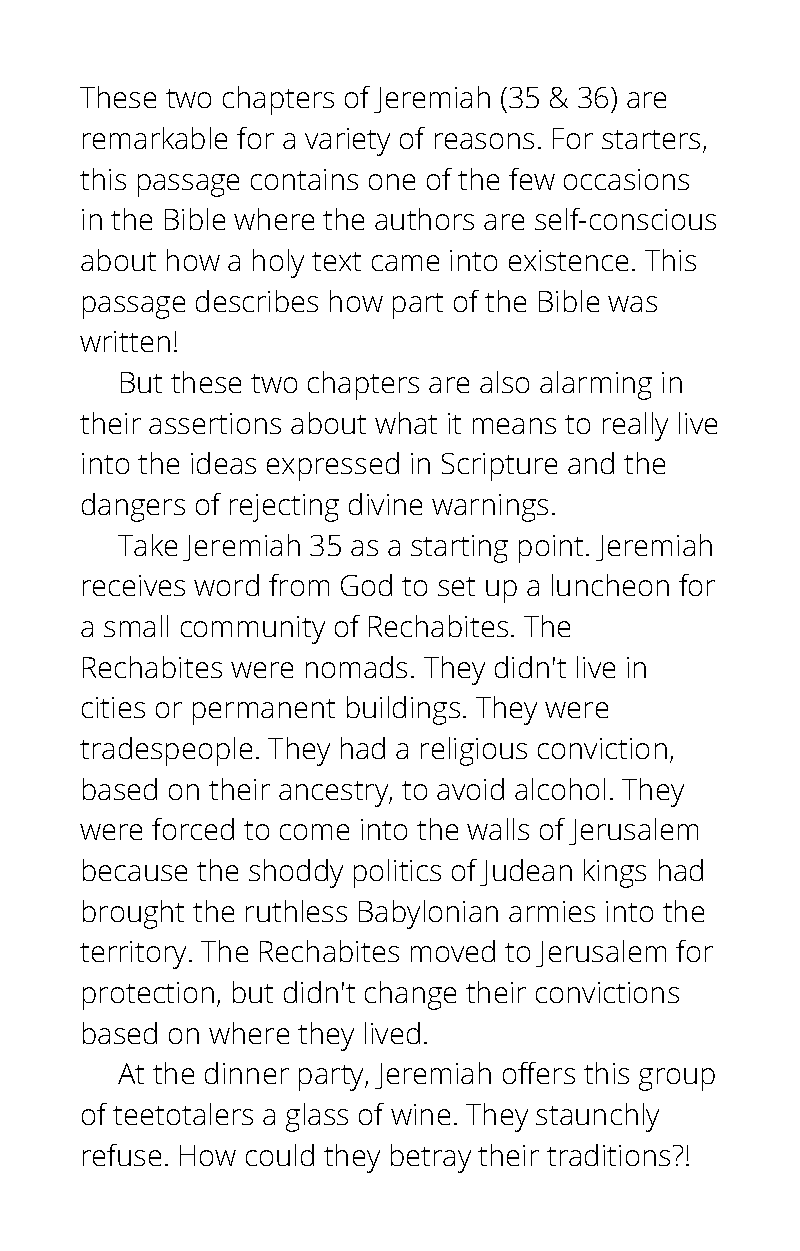
These two chapters of Jeremiah (35 & 36) are
 remarkable for a variety of reasons. For starters,
 this passage contains one of the few occasions
 in the Bible where the authors are self-conscious
 about how a holy text came into existence. This
 passage describes how part of the Bible was
 written!
 But these two chapters are also alarming in
 their assertions about what it means to really live
 into the ideas expressed in Scripture and the
 dangers of rejecting divine warnings.
 Take Jeremiah 35 as a starting point. Jeremiah
 receives word from God to set up a luncheon for
 a small community of Rechabites. The
 Rechabites were nomads. They didn't live in
 cities or permanent buildings. They were
 tradespeople. They had a religious conviction,
 based on their ancestry, to avoid alcohol. They
 were forced to come into the walls of Jerusalem
 because the shoddy politics of Judean kings had
 brought the ruthless Babylonian armies into the
 territory. The Rechabites moved to Jerusalem for
 protection, but didn't change their convictions
 based on where they lived.
 At the dinner party, Jeremiah offers this group
 of teetotalers a glass of wine. They staunchly
 refuse. How could they betray their traditions?!